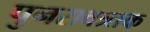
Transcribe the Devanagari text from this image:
पुनरावत्र्तक